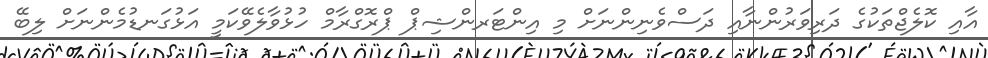
އާއި ކޮލެޖްތަކުގެ ދަރިވަރުންނާއި ދަސްވެނިންނަށް މި އިންޓަރންޝިޕް ޕްރޮގްރާމް ހުޅުވާލެވޭކަމީ އަޅުގަނޑުމެންނަށް ލިބޭ